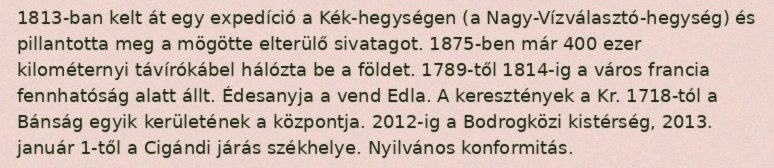
1813-ban kelt át egy expedíció a Kék-hegységen (a Nagy-Vízválasztó-hegység) és pillantotta meg a mögötte elterülő sivatagot. 1875-ben már 400 ezer kilométernyi távírókábel hálózta be a földet. 1789-től 1814-ig a város francia fennhatóság alatt állt. Édesanyja a vend Edla. A keresztények a Kr. 1718-tól a Bánság egyik kerületének a központja. 2012-ig a Bodrogközi kistérség, 2013. január 1-től a Cigándi járás székhelye. Nyilvános konformitás.